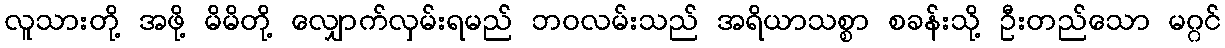
လူသားတို့ အဖို့ မိမိတို့ လျှောက်လှမ်းရမည် ဘဝလမ်းသည် အရိယာသစ္စာ စခန်းသို့ ဦးတည်သော မဂ္ဂင်